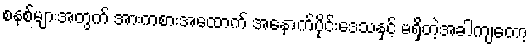
စနစ်များအတွက် အားကစားအထောက် အနောက်ပိုင်းဒေသနှင့် မရှိတဲ့အခါကျတော့